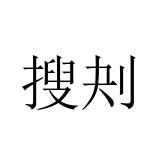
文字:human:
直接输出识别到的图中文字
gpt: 搜刔